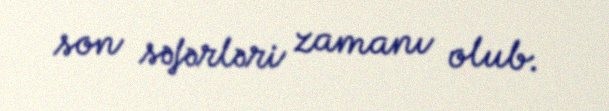
son səfərləri zamanı olub.